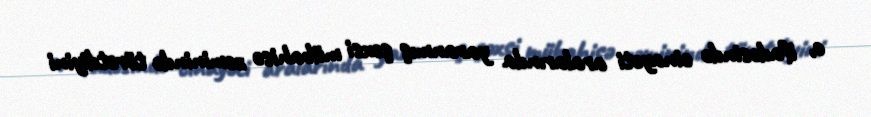
o, ifadəsində cinayəti aralarında yaranmış şəxsi mübahisə zəminində törətdiyini